Insane asylums in Bengal annual reports 1867-1875 - 1867-1875
Year: 1867
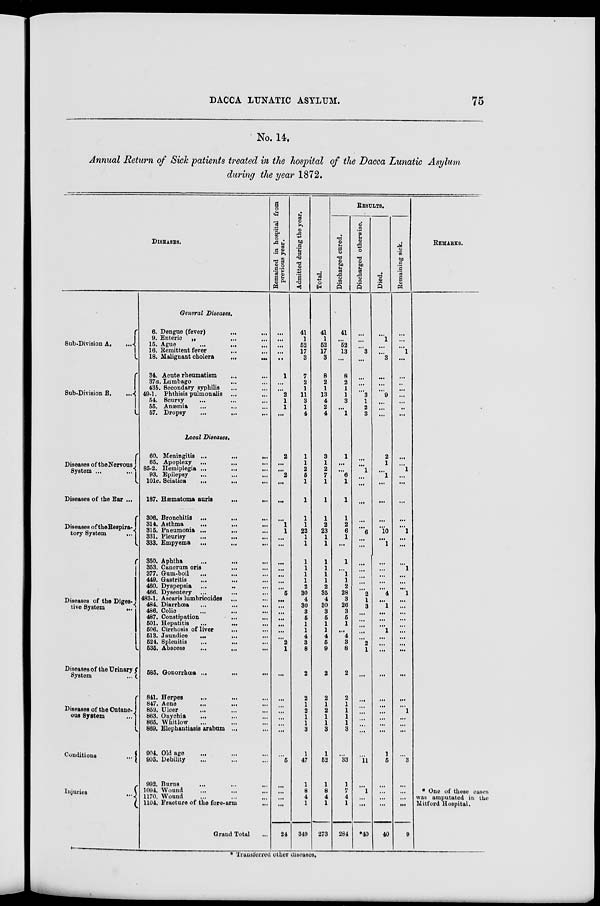
DACCA LUNATIC ASYLUM.
75
No. 14.
Annual Return of Sick patients treated in the hospital of the Dacca Lunatic Asylum
during the year 1872.
DISEASES.
Sub-Division A.
...
Sub-Division B.
...
Diseases of the Nervous
System ...
...
Diseases of the Ear ...
Diseases of the Respira-
tory System
...
Diseases of the Diges-
tive System
...
Diseases of the Urinary
System
...
Diseases of the Cutane-
ous System ...
Conditions ...
Injuries ...
General Diseases.
6. Dengue (fever)
...
...
9. Enteric ... ...
15. Ague
...
...
...
16. Remittent fever ... ...
18. Malignant cholera
...
...
34. Acute rheumatism ... ...
37a. Lumbago ... ...
43b. Secondary syphilis
... ...
49-1. Phthisis pulmonalis ... ...
54. Scurvy
...
...
...
55. Anæmia
... ... ...
57. Dropsy
...
... ...
Local Diseases.
60. Meningitis ...
...
...
65. Apoplexy ... ... ...
85-2. Hemiplegia ... ... ...
93. Epilepsy ... ... ...
101c. Sciatica
... ... ...
187. Hæmatoma auris
...
...
306. Bronchitis ... ... ...
314. Asthma
...
...
...
315. Pneumonia ...
... ...
331. Pleurisy
...
... ...
333. Empyema ... ... ...
350. Aphtha ... ... ...
353. Cancrum oris ... ...
377. Gum-boil ... ... ...
449. Gastritis
...
...
...
460. Dyspepsia ... ... ...
466. Dysentery ... ... ...
483-1. Ascaris lumbricoides ... ...
484. Diarrhœa
...
...
...
486. Colic ... ... ...
487. Constipation ... ...
501. Hepatitis
...
...
...
506. Cirrhosis of liver ... ...
513. Jaundice
... ... ...
524. Splenitis
... ... ...
535. Abscess ... ... ...
585. Gonorrhœa ... ... ...
841. Herpes ... ... ...
847. Acne ... ... ...
859. Ulcer ... ... ...
863. Onychia ... ... ...
865. Whitlow ... ... ...
869. Elephantiasis arabum ... ...
904. Old age ... ... ...
905. Debility ... ... ...
992. Burns ... ... ...
1094. Wound ... ... ...
1170. Wound ... ... ...
1104. Fracture of the fore-arm ...
Grand Total ...
Remained in hospital from
previous year.
...
...
...
...
...
1
...
...
2
1
1
...
2
...
...
2
...
...
...
1
1
...
...
...
...
...
...
...
5
...
...
...
...
...
...
...
2
1
...
...
...
...
...
...
...
...
5
...
...
...
...
24
Admitted during the year.
41
1
52
17
3
7
2
1
11
3
1
4
1
1
2
6
1
1
1
1
22
1
1
1
1
1
1
2
30
4
30
3
6
1
1
4
3
8
2
2
1
2
1
1
3
1
47
1
8
4
1
349
Total.
41
1
52
17
3
8
2
1
13
4
2
4
3
1
2
7
1
1
1
2
23
1
1
1
1
1
1
2
35
4
30
3
5
1
1
4
5
9
2
2
1
2
1
1
3
1
52
1
8
4
1
273
RESULTS.
Discharged cured.
41
...
52
13
...
8
2
1
1
3
...
1
1
...
...
6
1
1
1
2
6
1
...
1
...
1
1
2
28
3
26
3
5
1
...
4
3
8
2
2
1
1
1
1
3
...
33
1
7
4
1
284
Discharged otherwise.
...
...
...
3
...
...
...
...
3
1
2
3
...
...
1
...
...
...
...
...
6
...
...
...
...
...
...
...
2
1
3
...
...
...
...
...
2
1
...
...
...
...
...
...
...
...
11
...
1
...
...
*40
Died.
...
1
...
...
3
...
...
...
9
...
...
...
2
1
...
1
...
...
...
...
10
...
1
...
...
...
...
...
4
...
1
...
...
...
1
...
...
...
...
...
...
...
...
...
...
1
5
...
...
...
...
40
Remaining sick.
...
...
...
1
...
...
...
...
...
...
...
...
...
...
1
...
...
...
...
...
1
...
...
...
1
...
...
...
1
...
...
...
...
...
...
...
...
...
...
...
...
1
...
...
...
...
3
...
...
...
...
9
REMARKS.
* One of these cases
was amputated in the
Mitford Hospital.
* Transferred other diseases.